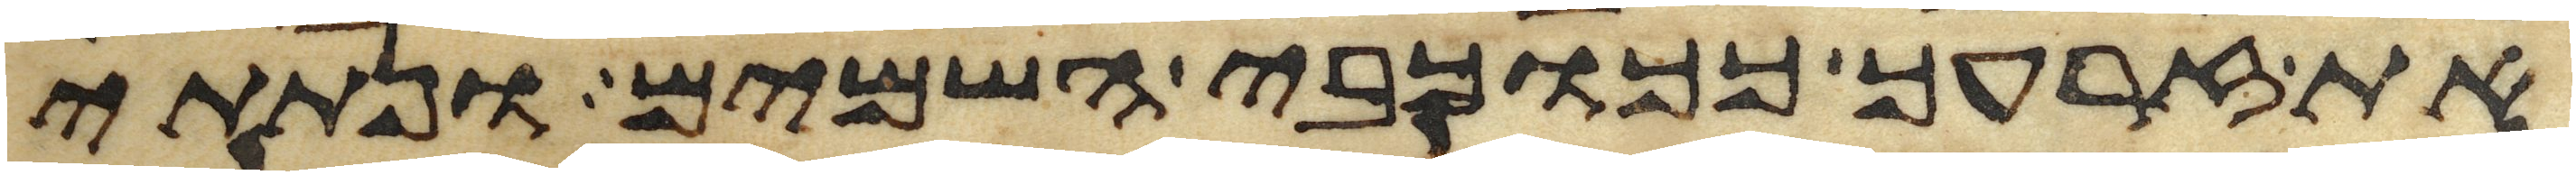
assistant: את זרעך ככוכבי השמים ונתתי